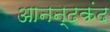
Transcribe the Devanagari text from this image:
आनन्‍दकंद